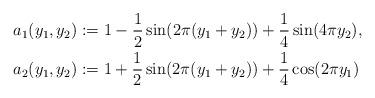
LaTeX: \begin{align*}a_1(y_1,y_2)&:= 1 - \frac{1}{2}\sin(2\pi(y_1+y_2)) + \frac{1}{4}\sin(4\pi y_2),\\a_2(y_1,y_2)&:= 1 + \frac{1}{2}\sin(2\pi(y_1+y_2)) + \frac{1}{4}\cos(2\pi y_1)\end{align*}